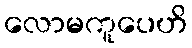
လောမကူပေဟိ